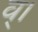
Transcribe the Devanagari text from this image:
व्।